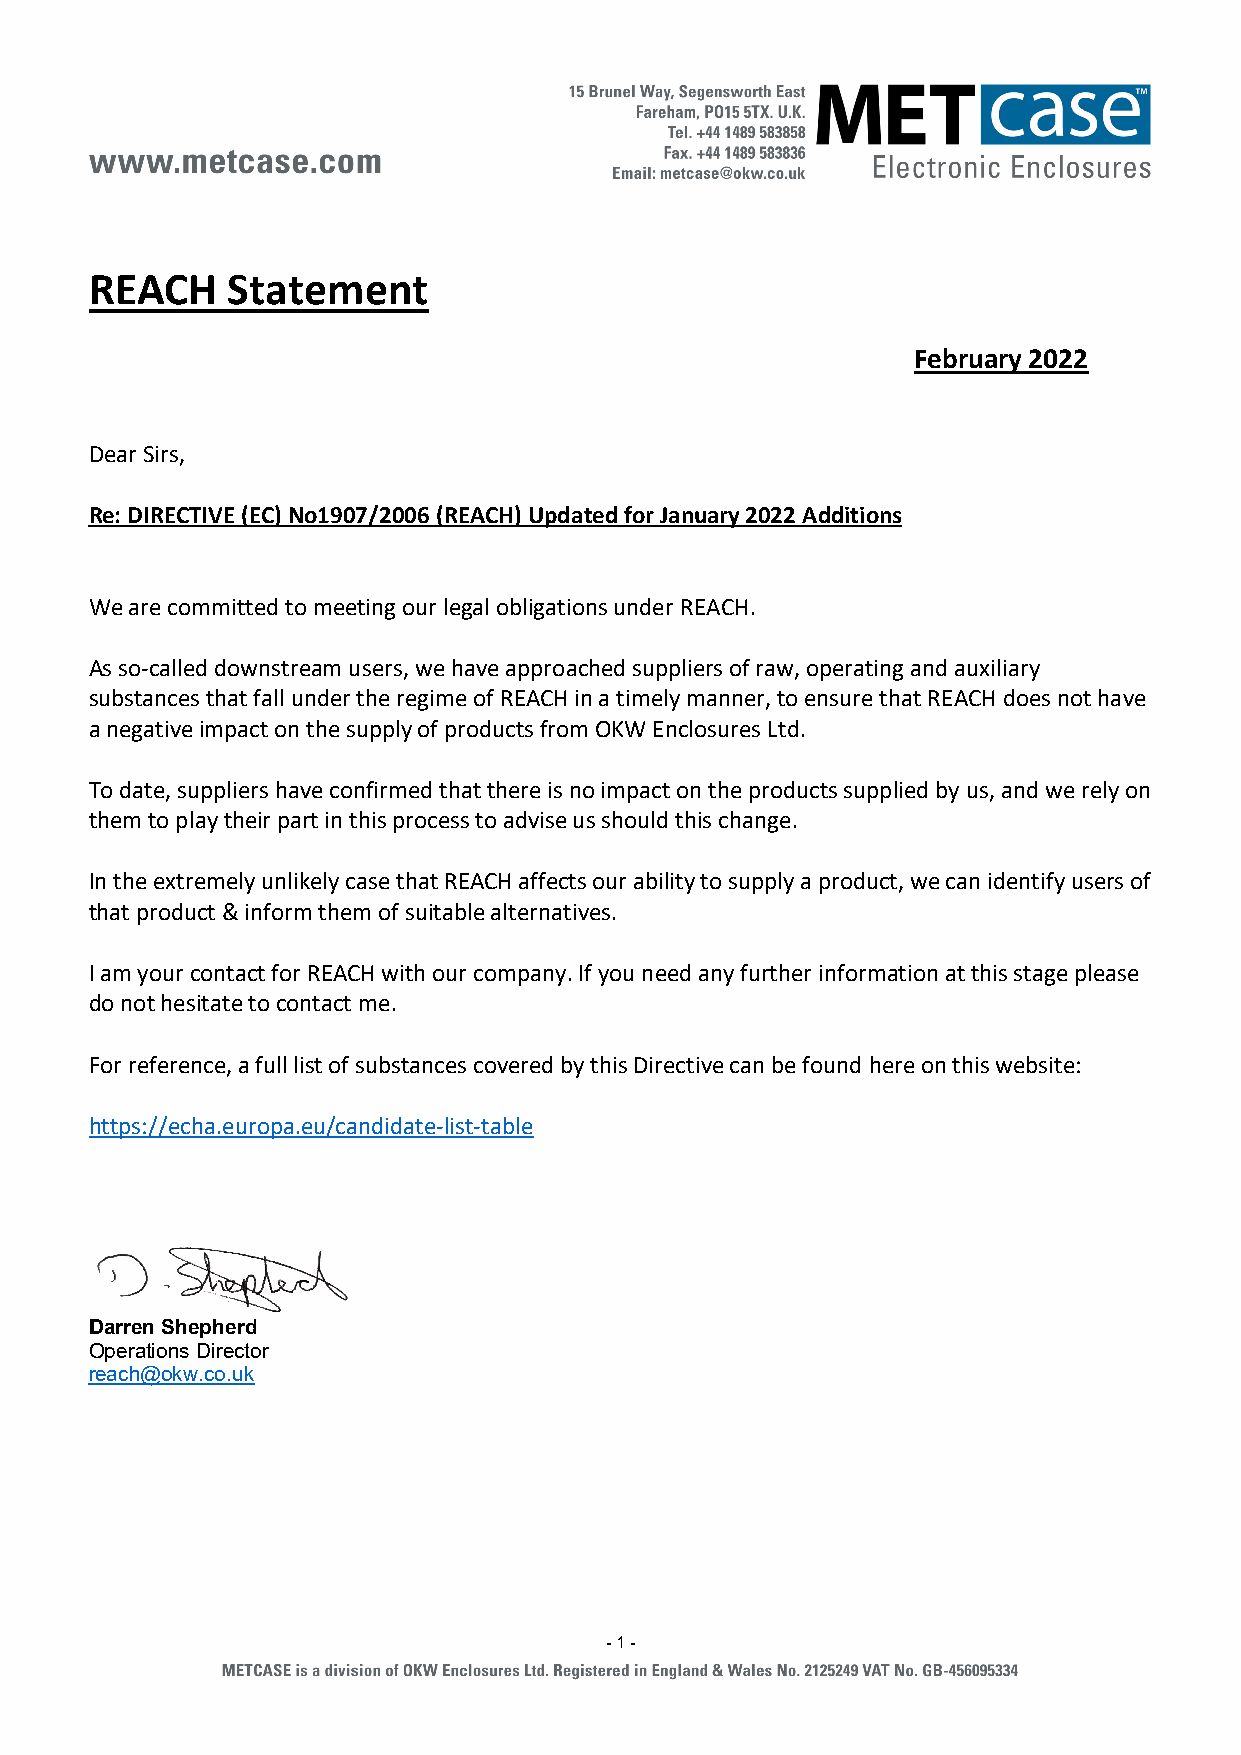
REACH    Statement
 February 2022
 Dear Sirs,
 Re: DIRECTIVE (EC) No1907/2006 (REACH) Updated for January 2022 Additions
 We are committed to meeting our legal obligations under REACH.
 As so-called downstream users, we have approached suppliers of raw, operating and auxiliary
 substances that fall under the regime of REACH in a timely manner, to ensure that REACH does not have
 a negative impact on the supply of products from OKW Enclosures Ltd.
 To date, suppliers have confirmed that there is no impact on the products supplied by us, and we rely on
 them to play their part in this process to advise us should this change.
 In the extremely unlikely case that REACH affects our ability to supply a product, we can identify users of
 that product & inform them of suitable alternatives.
 I am your contact for REACH with our company. If you need any further information at this stage please
 do not hesitate to contact me.
 For reference, a full list of substances covered by this Directive can be found here on this website:
 https://echa.europa.eu/candidate-list-table
 Darren Shepherd
 Operations Director
 reach@okw.co.uk
 - 1 -